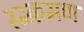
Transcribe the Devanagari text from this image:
स्म्क्रमण